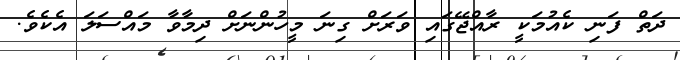
ދަތް ފަނި ކެއުމަކީ ރާއްޖޭގައި ވަރަށް ގިނަ މީހުންނަށް ދިމާވާ މައްސަލަ އެކެވެ.